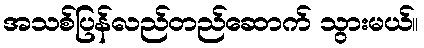
အသစ်ပြန်လည်တည်ဆောက် သွားမယ်။